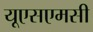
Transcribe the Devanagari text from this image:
यूएसएमसी